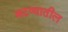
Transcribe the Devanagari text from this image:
बटव्यातील